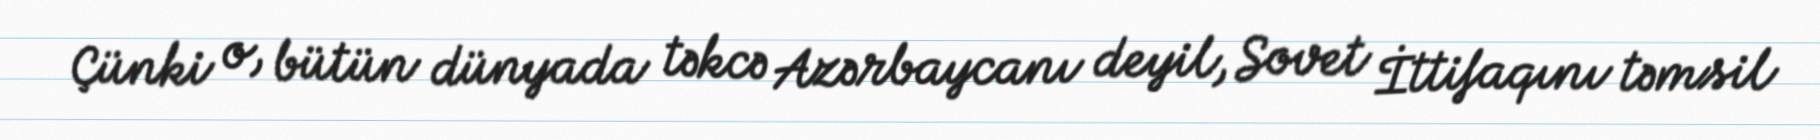
Çünki o, bütün dünyada təkcə Azərbaycanı deyil, Sovet İttifaqını təmsil